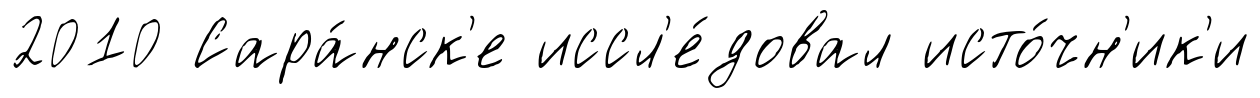
2010 Сара́нск'е иссл'е́довал исто́чн'ик'и